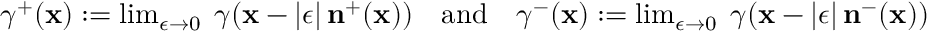
\begin{array} { r } { \gamma ^ { + } ( \mathbf { x } ) : = \operatorname* { l i m } _ { \epsilon \rightarrow 0 } \; \gamma ( \mathbf { x } - | \epsilon | \, \mathbf { n } ^ { + } ( \mathbf { x } ) ) \quad \mathrm { a n d } \quad \gamma ^ { - } ( \mathbf { x } ) : = \operatorname* { l i m } _ { \epsilon \rightarrow 0 } \; \gamma ( \mathbf { x } - | \epsilon | \, \mathbf { n } ^ { - } ( \mathbf { x } ) ) } \end{array}